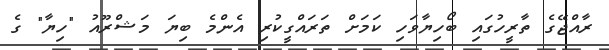
ރާއްޖޭގެ ތާރީހުގައި ބޯހިޔާވަހި ކަމަށް ތަރައްގީކުރި އެންމެ ބިޔަ މަޝްރޫއު "ހިޔާ" ގެ